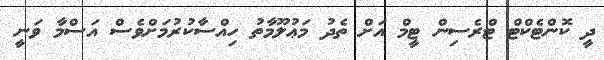
ދީ ކޮންޓެކްޓް ޓްރެސިން ޓީމް އަށް ތެދު މަޢުލޫމާތު ހިއްސާކުރުމަށްވެސް އަސްމާ ވަނީ